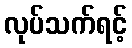
လုပ်သက်ရင့်